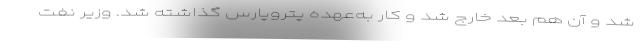
شد و آن هم بعد خارج شد و کار به‌عهده پتروپارس گذاشته شد. وزیر نفت